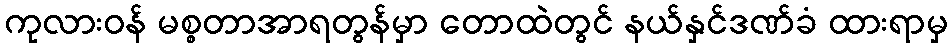
ကုလားဝန် မစ္စတာအာရတွန်မှာ တောထဲတွင် နယ်နှင်ဒဏ်ခံ ထားရာမှ